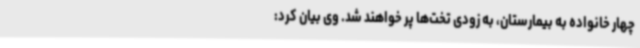
چهار خانواده به بیمارستان، به زودی تخت‌ها پر خواهند شد. وی بیان کرد: